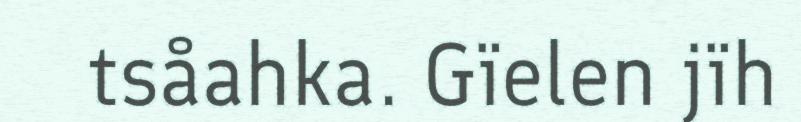
tsåahka. Gïelen jïh